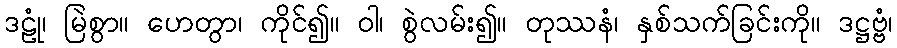
ဒဠုံ၊ မြဲစွာ။ ဟေတွာ၊ ကိုင်၍။ ဝါ၊ စွဲလမ်း၍။ တုဿနံ၊ နှစ်သက်ခြင်းကို။ ဒဋ္ဌဗ္ဗံ၊